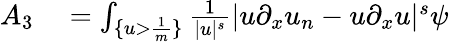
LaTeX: \begin{array}{rl}{A_{3}}&{{}=\int_{\{ u>\frac{1}{m}\} }\frac{1}{\lvert u\rvert^{s}}\lvert u\partial_{x}u_{n}-u\partial_{x}u\rvert^{s}\psi}\end{array}